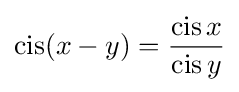
\operatorname {cis} (x-y)={\operatorname {cis} x \over \operatorname {cis} y}